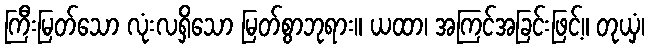
ကြီးမြတ်သော လုံးလရှိသော မြတ်စွာဘုရား။ ယထာ၊ အကြင်အခြင်းဖြင့်။ တုယှံ၊